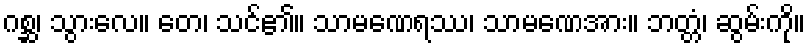
ဂစ္ဆ၊ သွားလေ။ တေ၊ သင်၏။ သာမဏေရဿ၊ သာမဏေအား။ ဘတ္တံ၊ ဆွမ်းကို။